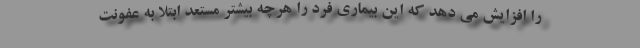
را افزایش می دهد که این بیماری فرد را هرچه بیشتر مستعد ابتلا به عفونت